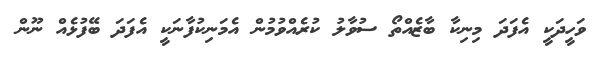
ވަހީދަކީ އެފަދަ މިނިކާ ބާޒެއްތޯ ސުވާލު ކުރެއްވުމުން އެމަނިކުފާނަކީ އެފަދަ ބޭފުޅެއް ނޫން